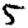
Digit: 5